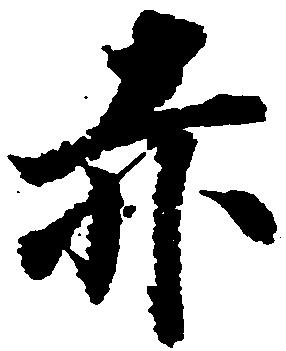
赤